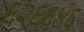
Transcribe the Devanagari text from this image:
६२६६४६